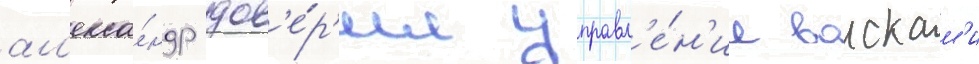
ал'екса́ндр дов'е́р'ил управл'е́н'ие воискам'и